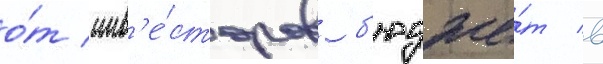
о́т инв'е́сторов б'юдже́т в